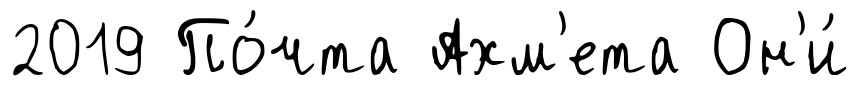
2019 По́чта Ахм'ета Он'и́